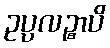
ဥပ္ပလဉ္စာပိ